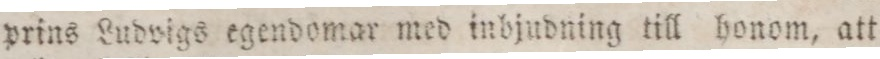
prins Ludvigs egendomar med inbjudning till honom, att